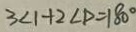
3 < 1 + 2 \angle D = 1 8 0 ^ { \circ }